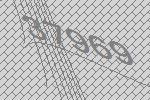
37969